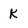
Character: k